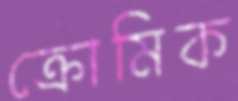
ক্রোমিক